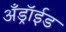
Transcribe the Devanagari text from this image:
अँड्रॉईड